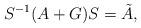
LaTeX: \begin{align*}S^{-1}(A+G)S=\tilde{A},\end{align*}